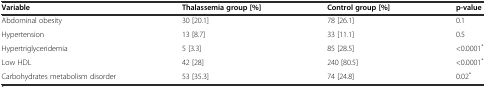
<table><thead><tr><td><b>Variable</b></td><td><b>Thalassemia group [%]</b></td><td><b>Control group [%]</b></td><td><b>p-value</b></td></tr></thead><tbody><tr><td>Abdominal obesity</td><td>30 [20.1]</td><td>78 [26.1]</td><td>0.1</td></tr><tr><td>Hypertension</td><td>13 [8.7]</td><td>33 [11.1]</td><td>0.5</td></tr><tr><td>Hypertriglyceridemia</td><td>5 [3.3]</td><td>85 [28.5]</td><td>&lt;0.0001<sup>*</sup></td></tr><tr><td>Low HDL</td><td>42 [28]</td><td>240 [80.5]</td><td>&lt;0.0001<sup>*</sup></td></tr><tr><td>Carbohydrates metabolism disorder</td><td>53 [35.3]</td><td>74 [24.8]</td><td>0.02<sup>*</sup></td></tr></tbody></table>